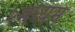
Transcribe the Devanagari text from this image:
२मध्यम